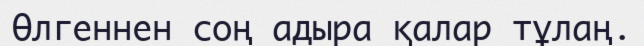
Өлгеннен соң адыра қалар тұлаң.